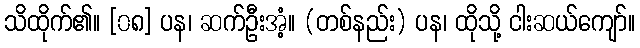
သိထိုက်၏။ [၀၈] ပန၊ ဆက်ဦးအံ့။ (တစ်နည်း) ပန၊ ထိုသို့ ငါးဆယ်ကျော်။